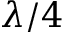
\lambda / 4